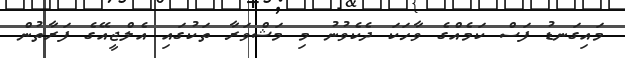
މައިގަނޑު ފަސް ކަމެއްގެ ވާހަކަ ދެކެވުނު މި މަޝްވަރާ ތަކުގައި އެލްޖީއޭގެ ފަރާތުން